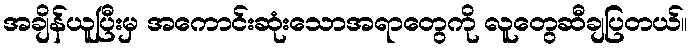
အချိန်ယူပြီးမှ အကောင်းဆုံးသောအရာတွေကို လူတွေဆီချပြတယ်။